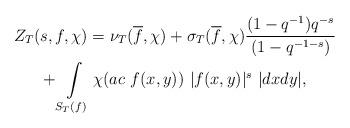
LaTeX: \begin{gather*}Z_T(s,f,\chi)=\nu_T(\overline{f},\chi)+\sigma_T(\overline{f},\chi)\frac{(1-q^{-1})q^{-s}}{(1-q^{-1-s})}\\+ \int\limits_{S_T(f)}\chi(ac\ f(x,y))\ |f(x,y)|^s\ |dx dy|,\end{gather*}